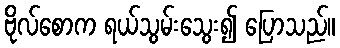
ဗိုလ်စောက ရယ်သွမ်းသွေး၍ ပြောသည်။